Scottish Leaving Certificate Examination, 1954
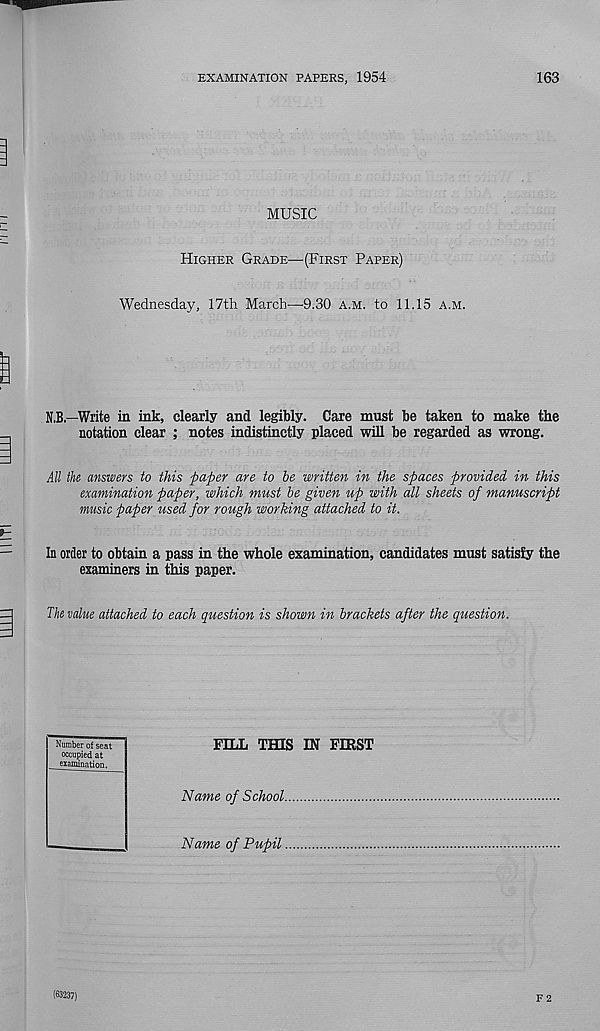
EXAMINATION PAPERS, 1954
163
MUSIC
Higher Grade—(First Paper)
Wednesday, 17th March—9.30 a.m. to 11.15 a.m.
N.B.—Write in ink, clearly and legibly. Care must be taken to make the
notation clear ; notes indistinctly placed will be regarded as wrong.
All the answers to this paper are to he written in the spaces provided in this
examination paper, which must he given up with all sheets of manuscript
music paper used for rough working attached to it.
In order to obtain a pass in the whole examination, candidates must satisfy the
examiners in this paper.
The value attached to each question is shown in brackets after the question.
Number of seat
occupied at
examination.
FELL THIS IN FIRST
Name of School.
Name of Pupil
F 2
(63237)